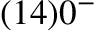
( 1 4 ) 0 ^ { - }